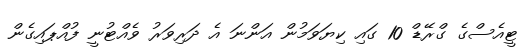
ޓީއެސްގެ ގްރޭޑް 10 ގައި ކިޔަވަމުން އަންނަ އެ ދަރިވަރު ވެއްޓުނީ ފުއްޕައިގެން